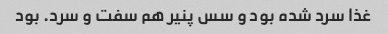
غذا سرد شده بود و سس پنیر هم سفت و سرد. بود